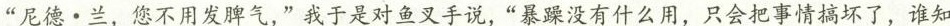
“尼德·兰，您不用发脾气，”我于是对鱼叉手说，”暴躁没有什么用，只会把事情搞坏了，谁知